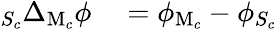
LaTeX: \begin{array}{rl}{_{S_{c}}\Delta_{\mathrm{M}_{c}}\phi}&{{}=\phi_{\mathrm{M}_{c}}-\phi_{S_{c}}}\end{array}